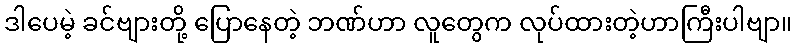
ဒါပေမဲ့ ခင်ဗျားတို့ ပြောနေတဲ့ ဘဏ်ဟာ လူတွေက လုပ်ထားတဲ့ဟာကြီးပါဗျာ။